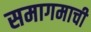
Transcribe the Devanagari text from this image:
समागमाची